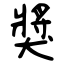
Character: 獎